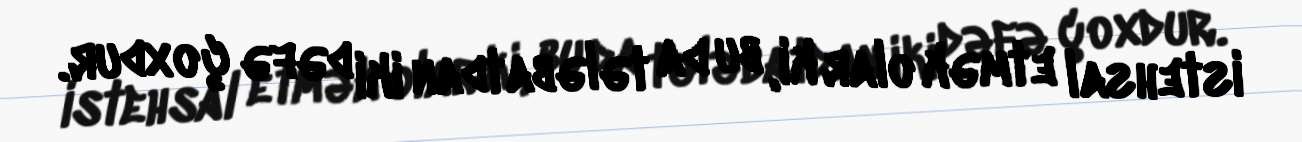
istehsal etmək olar ki, bu da tələbatdan iki dəfə çoxdur.